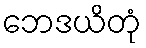
ဘေဒယိတုံ